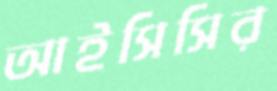
আইসিসির